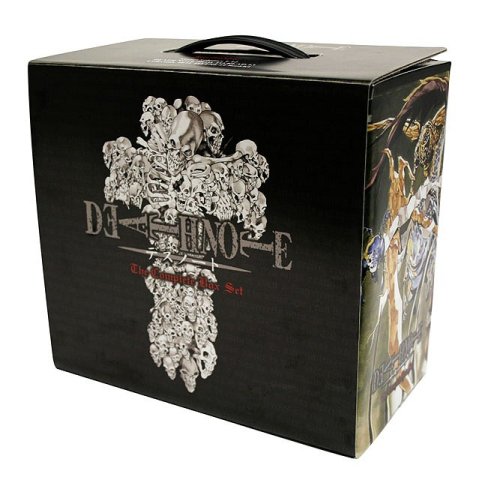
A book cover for Death Note Box Set (Vol. 1-12); Tsugumi Ohba; Comics & Graphic Novels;